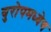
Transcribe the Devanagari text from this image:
युरोपमध्येच